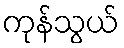
ကုန်သွယ်